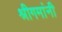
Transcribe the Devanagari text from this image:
श्रीगमांनी